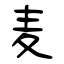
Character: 麦